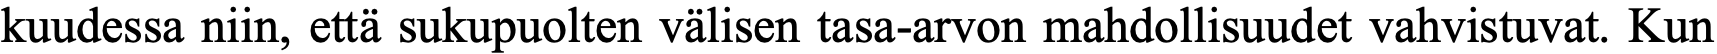
kuudessa niin, että sukupuolten välisen tasa-arvon mahdollisuudet vahvistuvat. Kun